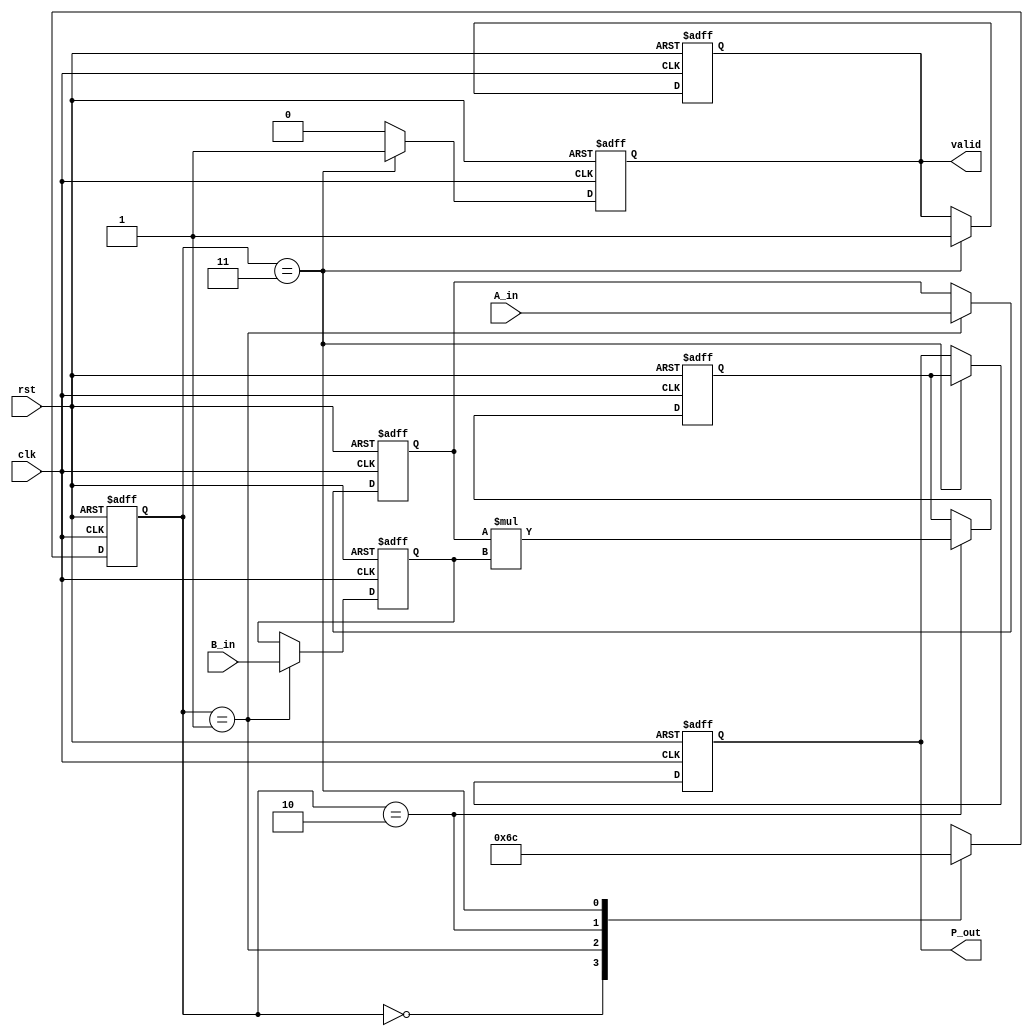
module streaming_multiplier #(
    parameter DATA_WIDTH_A = 16,  // Width of Data Stream A
    parameter DATA_WIDTH_B = 16,  // Width of Data Stream B
    parameter DATA_WIDTH_P = DATA_WIDTH_A + DATA_WIDTH_B // Width of Product
)(
    input wire clk,
    input wire rst,
    input wire [DATA_WIDTH_A-1:0] A_in,
    input wire [DATA_WIDTH_B-1:0] B_in,
    output reg [DATA_WIDTH_P-1:0] P_out,
    output reg valid
);

    // Internal pipeline registers
    reg [DATA_WIDTH_A-1:0] A_buffer;
    reg [DATA_WIDTH_B-1:0] B_buffer;
    reg [DATA_WIDTH_P-1:0] product;

    // State management
    reg [1:0] state; // 00: Idle, 01: Buffering, 10: Multiplying, 11: Output
    localparam IDLE   = 2'b00;
    localparam BUFFER  = 2'b01;
    localparam MULTIPLY = 2'b10;
    localparam OUTPUT  = 2'b11;

    // Sequential Logic
    always @(posedge clk or posedge rst) begin
        if (rst) begin
            // Reset states
            A_buffer <= 0;
            B_buffer <= 0;
            product <= 0;
            P_out <= 0;
            valid <= 0;
            state <= IDLE;
        end else begin
            case (state)
                IDLE: begin
                    // Move to BUFFER state
                    state <= BUFFER;
                end
                BUFFER: begin
                    // Buffer the inputs
                    A_buffer <= A_in;
                    B_buffer <= B_in;
                    state <= MULTIPLY;
                end
                MULTIPLY: begin
                    // Perform multiplication
                    product <= A_buffer * B_buffer;
                    state <= OUTPUT;
                end
                OUTPUT: begin
                    // Output the product
                    P_out <= product;
                    valid <= 1; // Indicate that the output is valid
                    state <= IDLE; // Go back to IDLE
                end
            endcase
        end
    end

    // Valid signal management
    always @(posedge clk or posedge rst) begin
        if (rst) begin
            valid <= 0;
        end else if (state == OUTPUT) begin
            valid <= 1; // Output is valid
        end else begin
            valid <= 0; // Reset valid signal when not outputting
        end
    end

endmodule